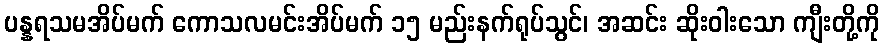
ပန္နရသမအိပ်မက် ကောသလမင်းအိပ်မက် ၁၅ မည်းနက်ရုပ်သွင်၊ အဆင်း ဆိုးဝါးသော ကျီးတို့ကို